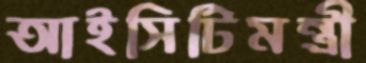
আইসিটিমন্ত্রী